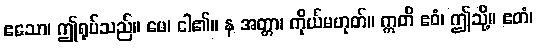
ဧသော၊ ဤရုပ်သည်။ မေ၊ ငါ၏။ န အတ္တာ၊ ကိုယ်မဟုတ်။ ဣတိ ဧဝံ၊ ဤသို့။ ဧတံ၊